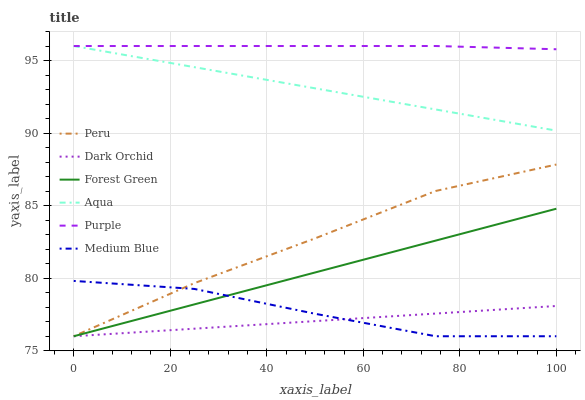
| xaxis_label | Peru | Dark Orchid | Forest Green | Aqua | Purple | Medium Blue |
 | --- | --- | --- | --- | --- | --- | --- |
 | 0 | 76 | 76 | 76 | 96 | 96 | 79.8 |
 | 25 | 79.7 | 76.5 | 78.2 | 94.5 | 96 | 79.3 |
 | 50 | 82.7 | 77 | 80.4 | 93.1 | 96 | 77.5 |
 | 75 | 86 | 77.6 | 82.6 | 91.6 | 96 | 76 |
 | 100 | 87.8 | 78.1 | 84.8 | 90.2 | 95.8 | 76 |